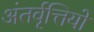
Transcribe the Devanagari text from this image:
अंतर्वृत्तियों